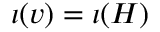
\iota ( v ) = \iota ( H )